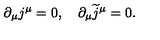
\partial _ { \mu } j ^ { \mu } = 0 , \quad \partial _ { \mu } \widetilde { j } ^ { \mu } = 0 .